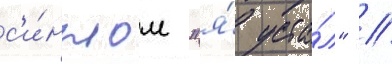
с'и́нглом "я́ уста́л" //